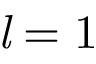
{ \mathit { l } } = 1